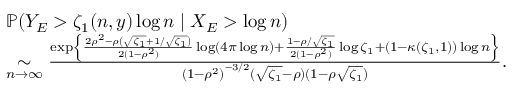
\begin{array} { r l } & { \mathbb { P } \! \left( Y _ { E } > \zeta _ { 1 } ( n , y ) \log n \mid X _ { E } > \log n \right) } \\ & { \underset { n \to \infty } { \sim } \frac { \exp \left\lbrace \frac { 2 \rho ^ { 2 } - \rho \left( \sqrt { \zeta _ { 1 } } + 1 / \sqrt { \zeta _ { 1 } } \right) } { 2 ( 1 - \rho ^ { 2 } ) } \log \left( 4 \pi \log n \right) + \frac { 1 - \rho / \sqrt { \zeta _ { 1 } } } { 2 ( 1 - \rho ^ { 2 } ) } \log \zeta _ { 1 } + ( 1 - \kappa ( \zeta _ { 1 } , 1 ) ) \log n \right\rbrace } { { ( 1 - \rho ^ { 2 } ) } ^ { - 3 / 2 } ( \sqrt { \zeta _ { 1 } } - \rho ) ( 1 - \rho \sqrt { \zeta _ { 1 } } ) } . } \end{array}